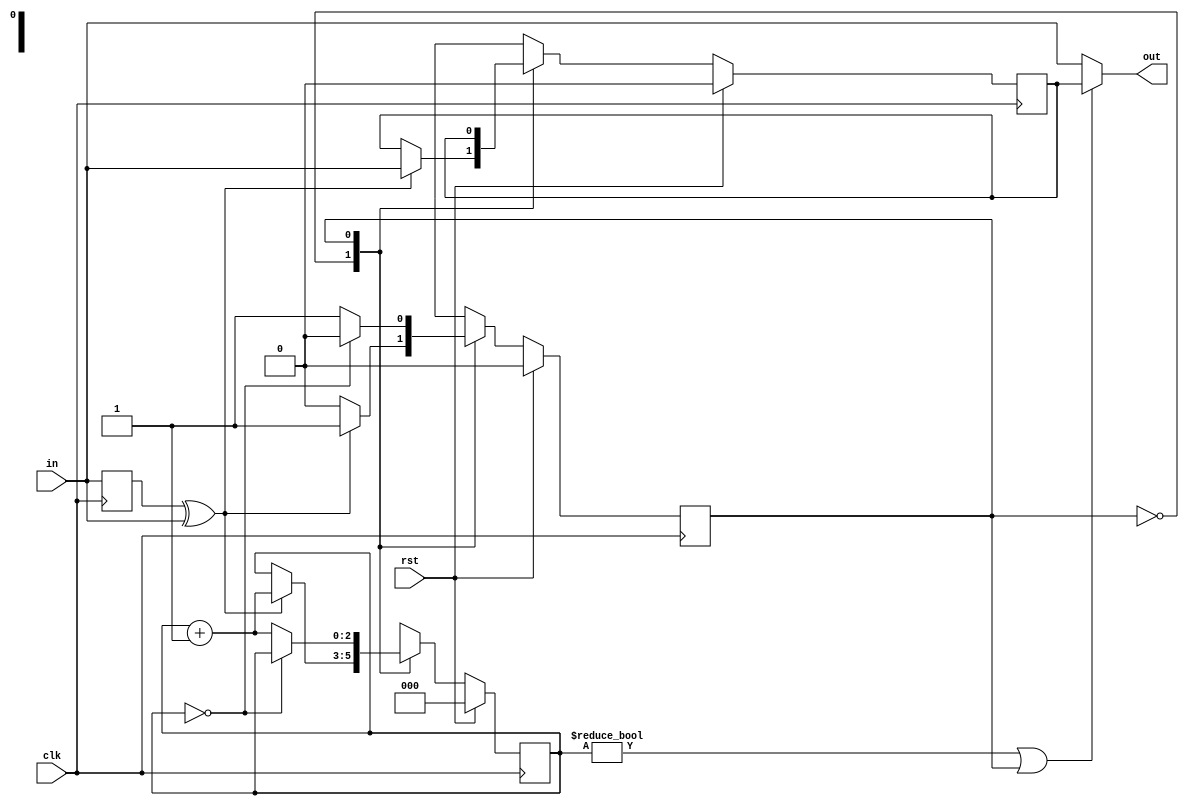
module debounce(in,clk,out,rst);
input in,clk,rst;
output reg out;

parameter CNTSIZE = 2;

reg infirstNext, in_r, infirst;
reg state, stateNext;
reg [CNTSIZE:0] cnt, cntNext;
wire triger;

always@(posedge clk) begin
	in_r <= #1 in;
	cnt <= #1 cntNext;
	state <= #1 stateNext;
	infirst <= #1 infirstNext;
end

always@(*)begin
	cntNext = cnt;
	stateNext = state;
	infirstNext = infirst;
	if(rst)begin
		stateNext = 0;
		cntNext = 0;
		infirstNext = 0;
	end else begin
		case(state)
			0: begin
					if(triger)begin
						stateNext = 1;
						infirstNext = in;
						cntNext = cnt + 1;
					end
				end
			1: begin
				if(cnt == 0)
					stateNext = 0;
				else
					cntNext = cnt + 1;
			end
		endcase
	end
end

always@(*)begin
	if(cnt!=0 || state == 1)
		out = infirst;
	else
		out = in;
end

assign triger = in_r^in;

endmodule


module stateMachine(clk, rst, btn, ledOut);

input clk, rst, btn;
output reg [2:0] ledOut;

wire btnDeb;
reg [1:0] state,stateNxt;
reg btnP;

debounce deb(.in(btn), .clk(clk), .out(btnDeb), .rst(rst));

always @(posedge clk) begin
	state <= #1 stateNxt;
	btnP <= #1 btnDeb;
end

always @(*) begin
	stateNxt= state;
	if(rst)begin
		stateNxt = 0;
	end
	else if(btnDeb && !btnP) begin
		stateNxt= state+1;
	end
	case(state)
		0: ledOut= 3'b001;
		1: ledOut= 3'b010;
		2: ledOut= 3'b011;
		3:	ledOut= 3'b100;
	endcase
end
endmodule